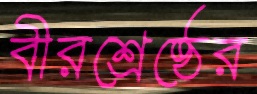
বীরশ্রেষ্ঠের